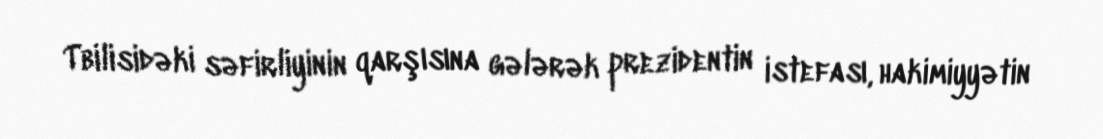
Tbilisidəki səfirliyinin qarşısına gələrək prezidentin istefası, hakimiyyətin